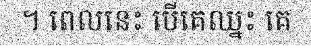
។ ពេលនេះ បើគេឈ្នះ គេ